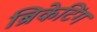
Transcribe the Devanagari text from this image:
ब्रिकेटिंग